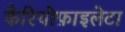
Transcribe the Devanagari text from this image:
कैरियोफ़ाइलेटा